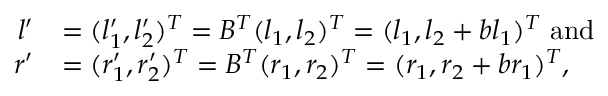
\begin{array} { r l } { l ^ { \prime } } & { = ( l _ { 1 } ^ { \prime } , l _ { 2 } ^ { \prime } ) ^ { T } = B ^ { T } ( l _ { 1 } , l _ { 2 } ) ^ { T } = ( l _ { 1 } , l _ { 2 } + b l _ { 1 } ) ^ { T } \mathrm { ~ a n d } } \\ { r ^ { \prime } } & { = ( r _ { 1 } ^ { \prime } , r _ { 2 } ^ { \prime } ) ^ { T } = B ^ { T } ( r _ { 1 } , r _ { 2 } ) ^ { T } = ( r _ { 1 } , r _ { 2 } + b r _ { 1 } ) ^ { T } , } \end{array}